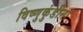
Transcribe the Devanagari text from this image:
विष्णुकुंडीना